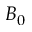
B _ { 0 }